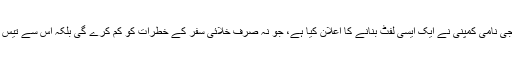
کینیڈا کی ٹوتھ ایکس ٹیکنالوجی نامی کمپنی نے ایک ایسی لفٹ بنانے کا اعلان کیا ہے، جو نہ صرف خلائی سفر کے خطرات کو کم کرے گی بلکہ اس سے تیس فیصد توانائی کی بچت […]